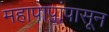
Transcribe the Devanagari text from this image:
महापापांपासून